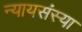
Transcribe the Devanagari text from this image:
न्यायसंस्या